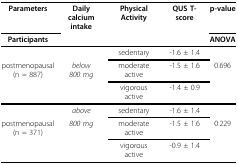
| Parameters | Daily calciumintake | Physical Activity | QUS T-score | p-value |
 | Participants |  |  |  | ANOVA |
 | --- | --- | --- | --- | --- |
 |  |  | sedentary | -1.6 ± 1.4 |  |
 | postmenopausal(n = 887) | below800 mg | moderateactive | -1.5 ± 1.6 | 0.696 |
 |  |  | vigorousactive | -1.4 ± 0.9 |  |
 |  | above | sedentary | -1.6 ± 1.4 |  |
 | postmenopausal(n = 371) | 800 mg | moderateactive | -1.5 ± 1.6 | 0.229 |
 |  |  | vigorousactive | -0.9 ± 1.4 |  |